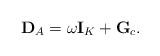
LaTeX: \begin{align*}{\bf D}_A=\omega{\bf I}_K+ {\bf {G}}_c.\end{align*}